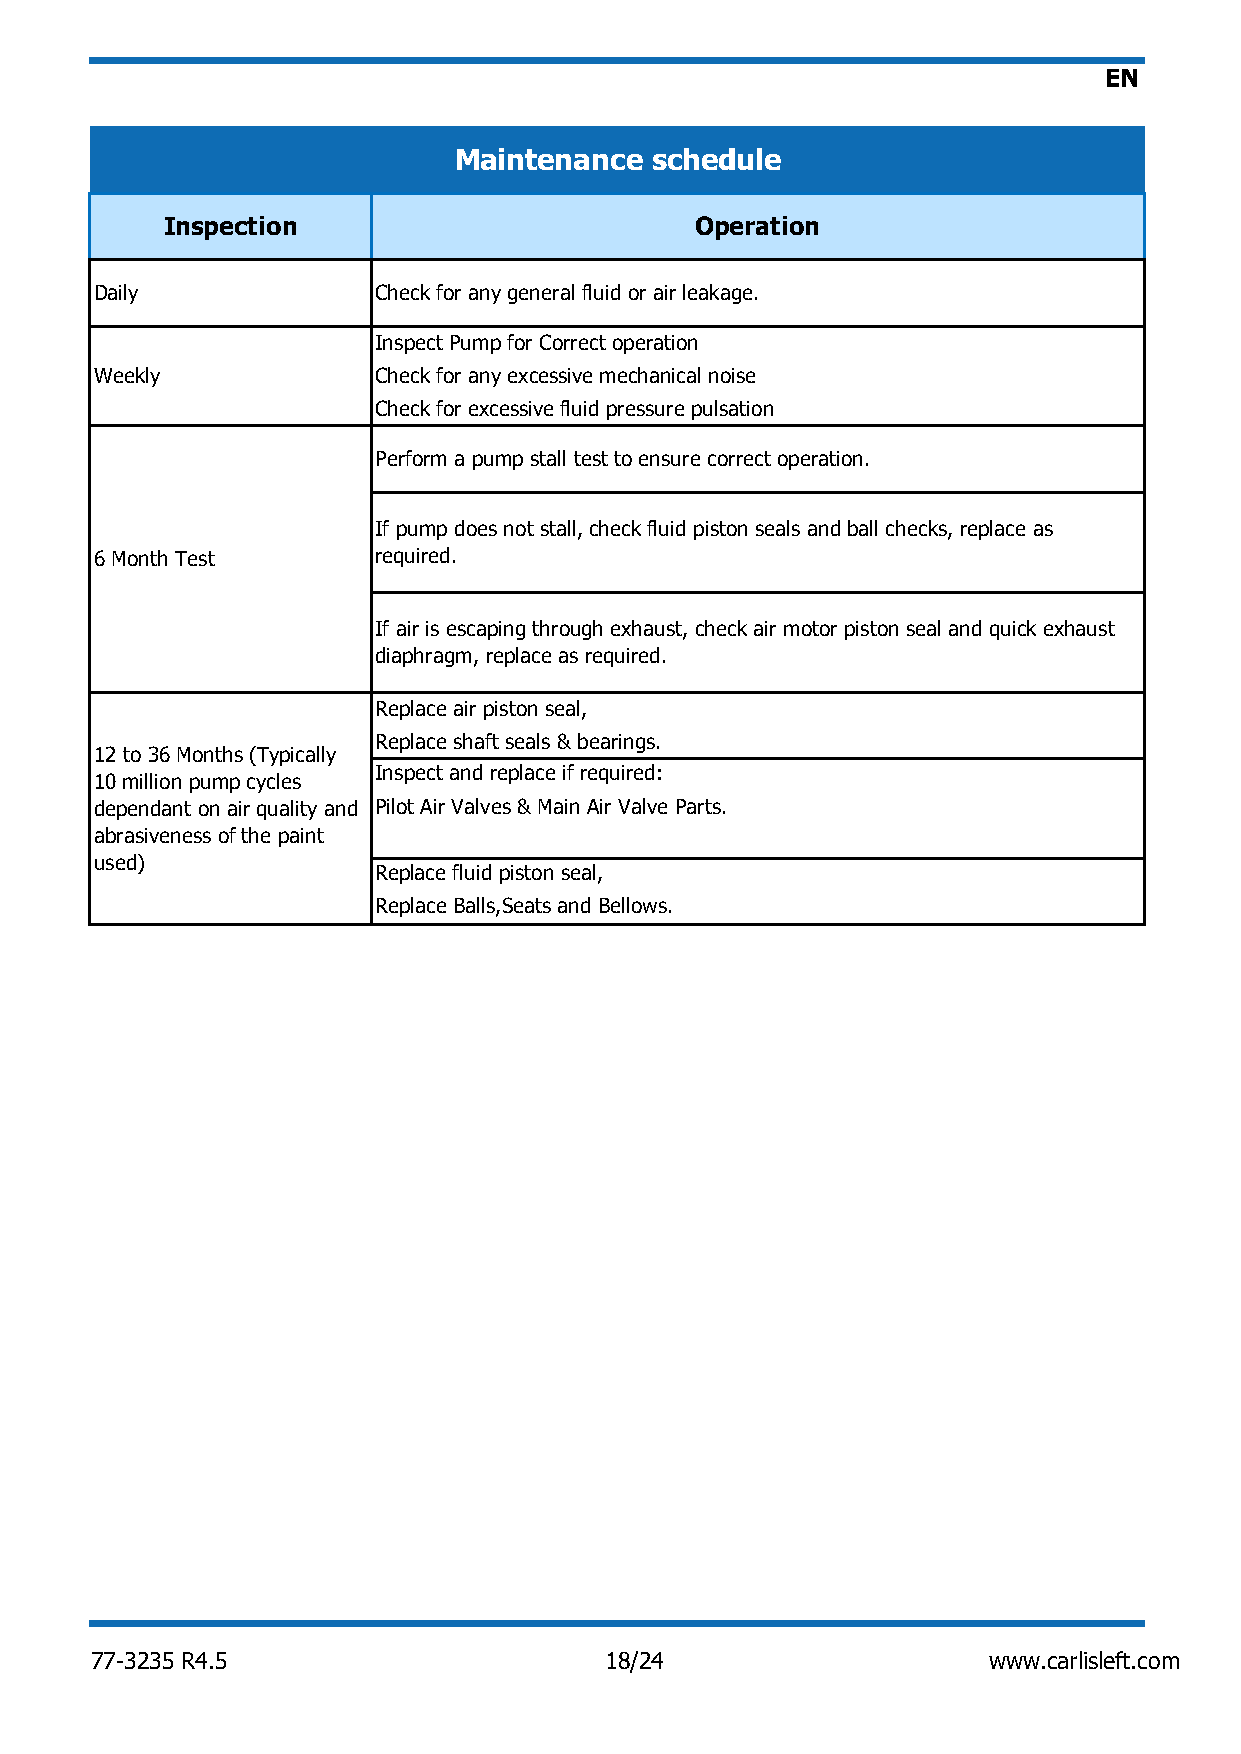
EN
 Maintenance  schedule
 Inspection                         Operation
 Daily              Check for any general fluid or air leakage.
 Inspect Pump for Correct operation
 Weekly             Check for any excessive mechanical noise
 Check for excessive fluid pressure pulsation
 Perform a pump stall test to ensure correct operation.
 If pump does not stall, check fluid piston seals and ball checks, replace as
 6 Month Test       required.
 If air is escaping through exhaust, check air motor piston seal and quick exhaust
 diaphragm, replace as required.
 Replace air piston seal,
 Replace shaft seals & bearings.
 12 to 36 Months (Typically
 Inspect and replace if required:
 10 million pump cycles
 dependant on air quality and Pilot Air Valves & Main Air Valve Parts.
 abrasiveness of the paint
 used)
 Replace fluid piston seal,
 Replace Balls,Seats and Bellows.
 77-3235 R4.5                      18/24                    www.carlisleft.com